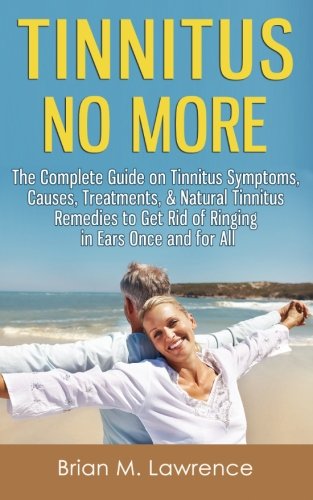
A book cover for Tinnitus No More: The Complete Guide On Tinnitus Symptoms, Causes, Treatments, & Natural Tinnitus Remedies to Get Rid of Ringing in Ears Once and for All; Brian M. Lawrence; Health, Fitness & Dieting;